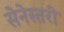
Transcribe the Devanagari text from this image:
सेनेस्तरी